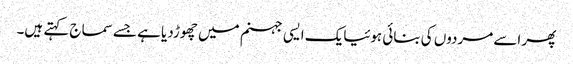
پھر اسے مردوں کی بنائی ہوئیایک ایسی جہنم میں چھوڑدیا ہے جسے سماج کہتے ہیں۔